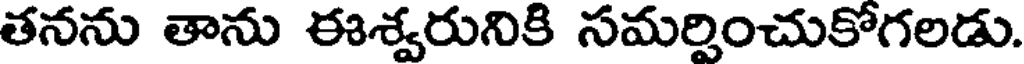
తనను తాను ఈశ్వరునికి సమర్పించుకోగలడు.